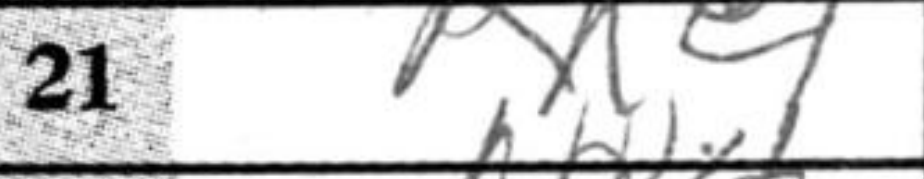
Transcription: Rh4